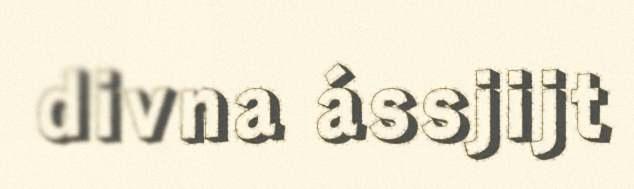
divna ássjijt